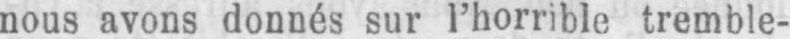
nous avons donnés sur l’horrible tremble-